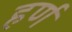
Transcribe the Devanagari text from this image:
हर्ण